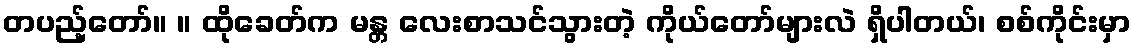
တပည့်တော်။ ။ ထိုခေတ်က မန္တ လေးစာသင်သွားတဲ့ ကိုယ်တော်များလဲ ရှိပါတယ်၊ စစ်ကိုင်းမှာ